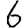
Digit: 6